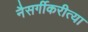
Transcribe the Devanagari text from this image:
नैसर्गीकरीत्या